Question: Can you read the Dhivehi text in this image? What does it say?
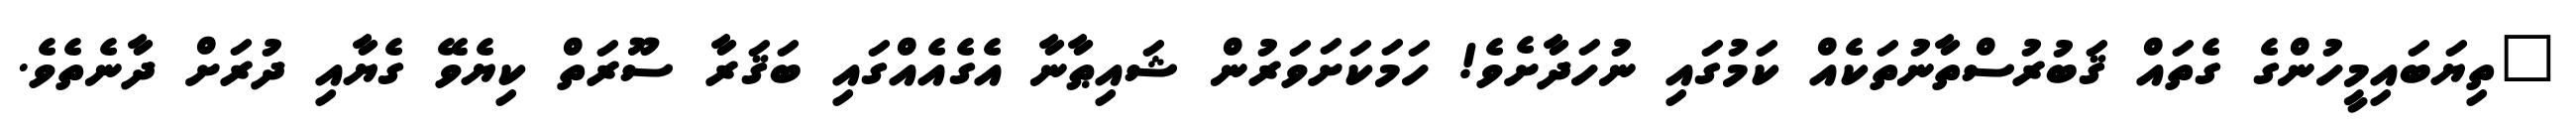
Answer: "ތިޔަބައިމީހުންގެ ގެތައް ޤަބުރުސްތާނުތަކެއް ކަމުގައި ނުހަދާށެވެ! ހަމަކަށަވަރުން ޝައިޠާނާ އެގެއެއްގައި ބަޤަރާ ސޫރަތް ކިޔެވޭ ގެޔާއި ދުރަށް ދާނެތެވެ.